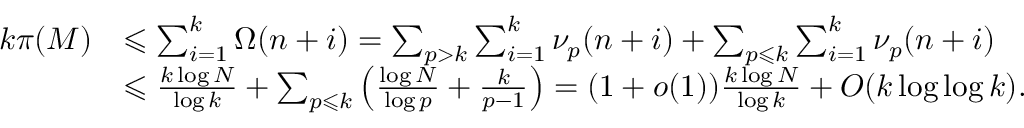
\begin{array} { r l } { k \pi ( M ) } & { \leqslant \sum _ { i = 1 } ^ { k } \Omega ( n + i ) = \sum _ { p > k } \sum _ { i = 1 } ^ { k } \nu _ { p } ( n + i ) + \sum _ { p \leqslant k } \sum _ { i = 1 } ^ { k } \nu _ { p } ( n + i ) } \\ & { \leqslant \frac { k \log N } { \log k } + \sum _ { p \leqslant k } \left( \frac { \log N } { \log p } + \frac { k } { p - 1 } \right) = ( 1 + o ( 1 ) ) \frac { k \log N } { \log k } + O ( k \log \log k ) . } \end{array}